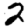
Digit: 2